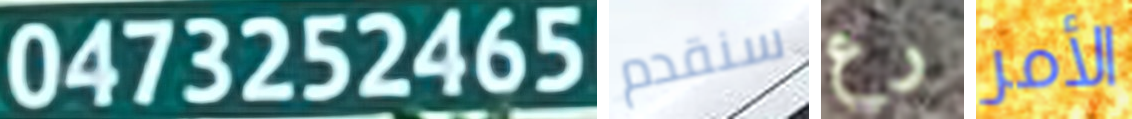
0473252465 سنقدم رع الأمر